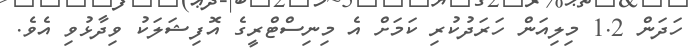
ހަދަން 1.2 މިލިއަން ހަރަދުކުރި ކަމަށް އެ މިނިސްޓްރީގެ އޮފިޝަލަކު ވިދާޅުވި އެވެ.